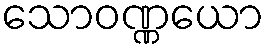
သောဝဏ္ဏယော